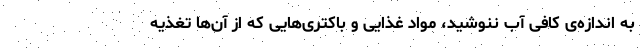
به اندازه‌ی کافی آب ننوشید، مواد غذایی و باکتری‌هایی که از آن‌ها تغذیه